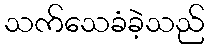
သက်သေခံခဲ့သည်